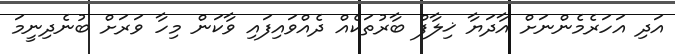
އަދި އަހަރެމެންނަށް އާދަޔާ ޚިލާފް ބާރުތަކެއް ދެއްވައިފައި ވާކަން މިހާ ވަރަށް ބުނެދިނީމަ